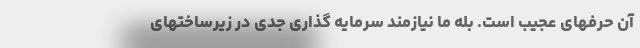
آن حرفهای عجیب است. بله ما نیازمند سرمایه گذاری جدی در زیرساختهای